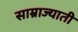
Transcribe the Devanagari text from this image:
साम्राज्याती